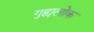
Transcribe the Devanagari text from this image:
गुह्यलोक